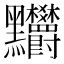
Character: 𪓉